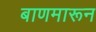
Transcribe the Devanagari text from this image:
बाणमारून